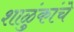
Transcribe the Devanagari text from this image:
शाळुंकांचे